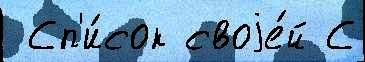
 Сп'и́сок своjе́й С